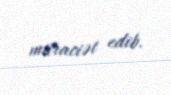
müraciət edib.